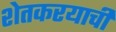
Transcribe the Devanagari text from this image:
शेतकरयाची